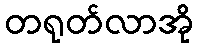
တရုတ်လာအို